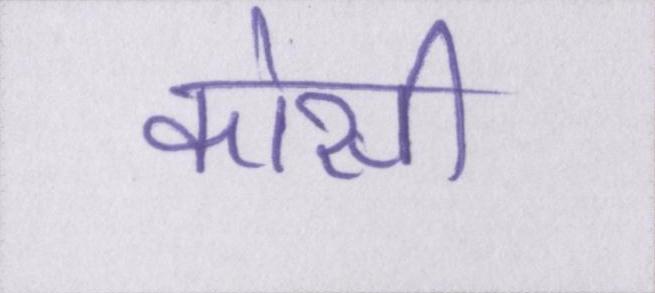
कोसी